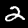
Label: 2